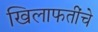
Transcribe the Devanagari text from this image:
खिलाफतींचे